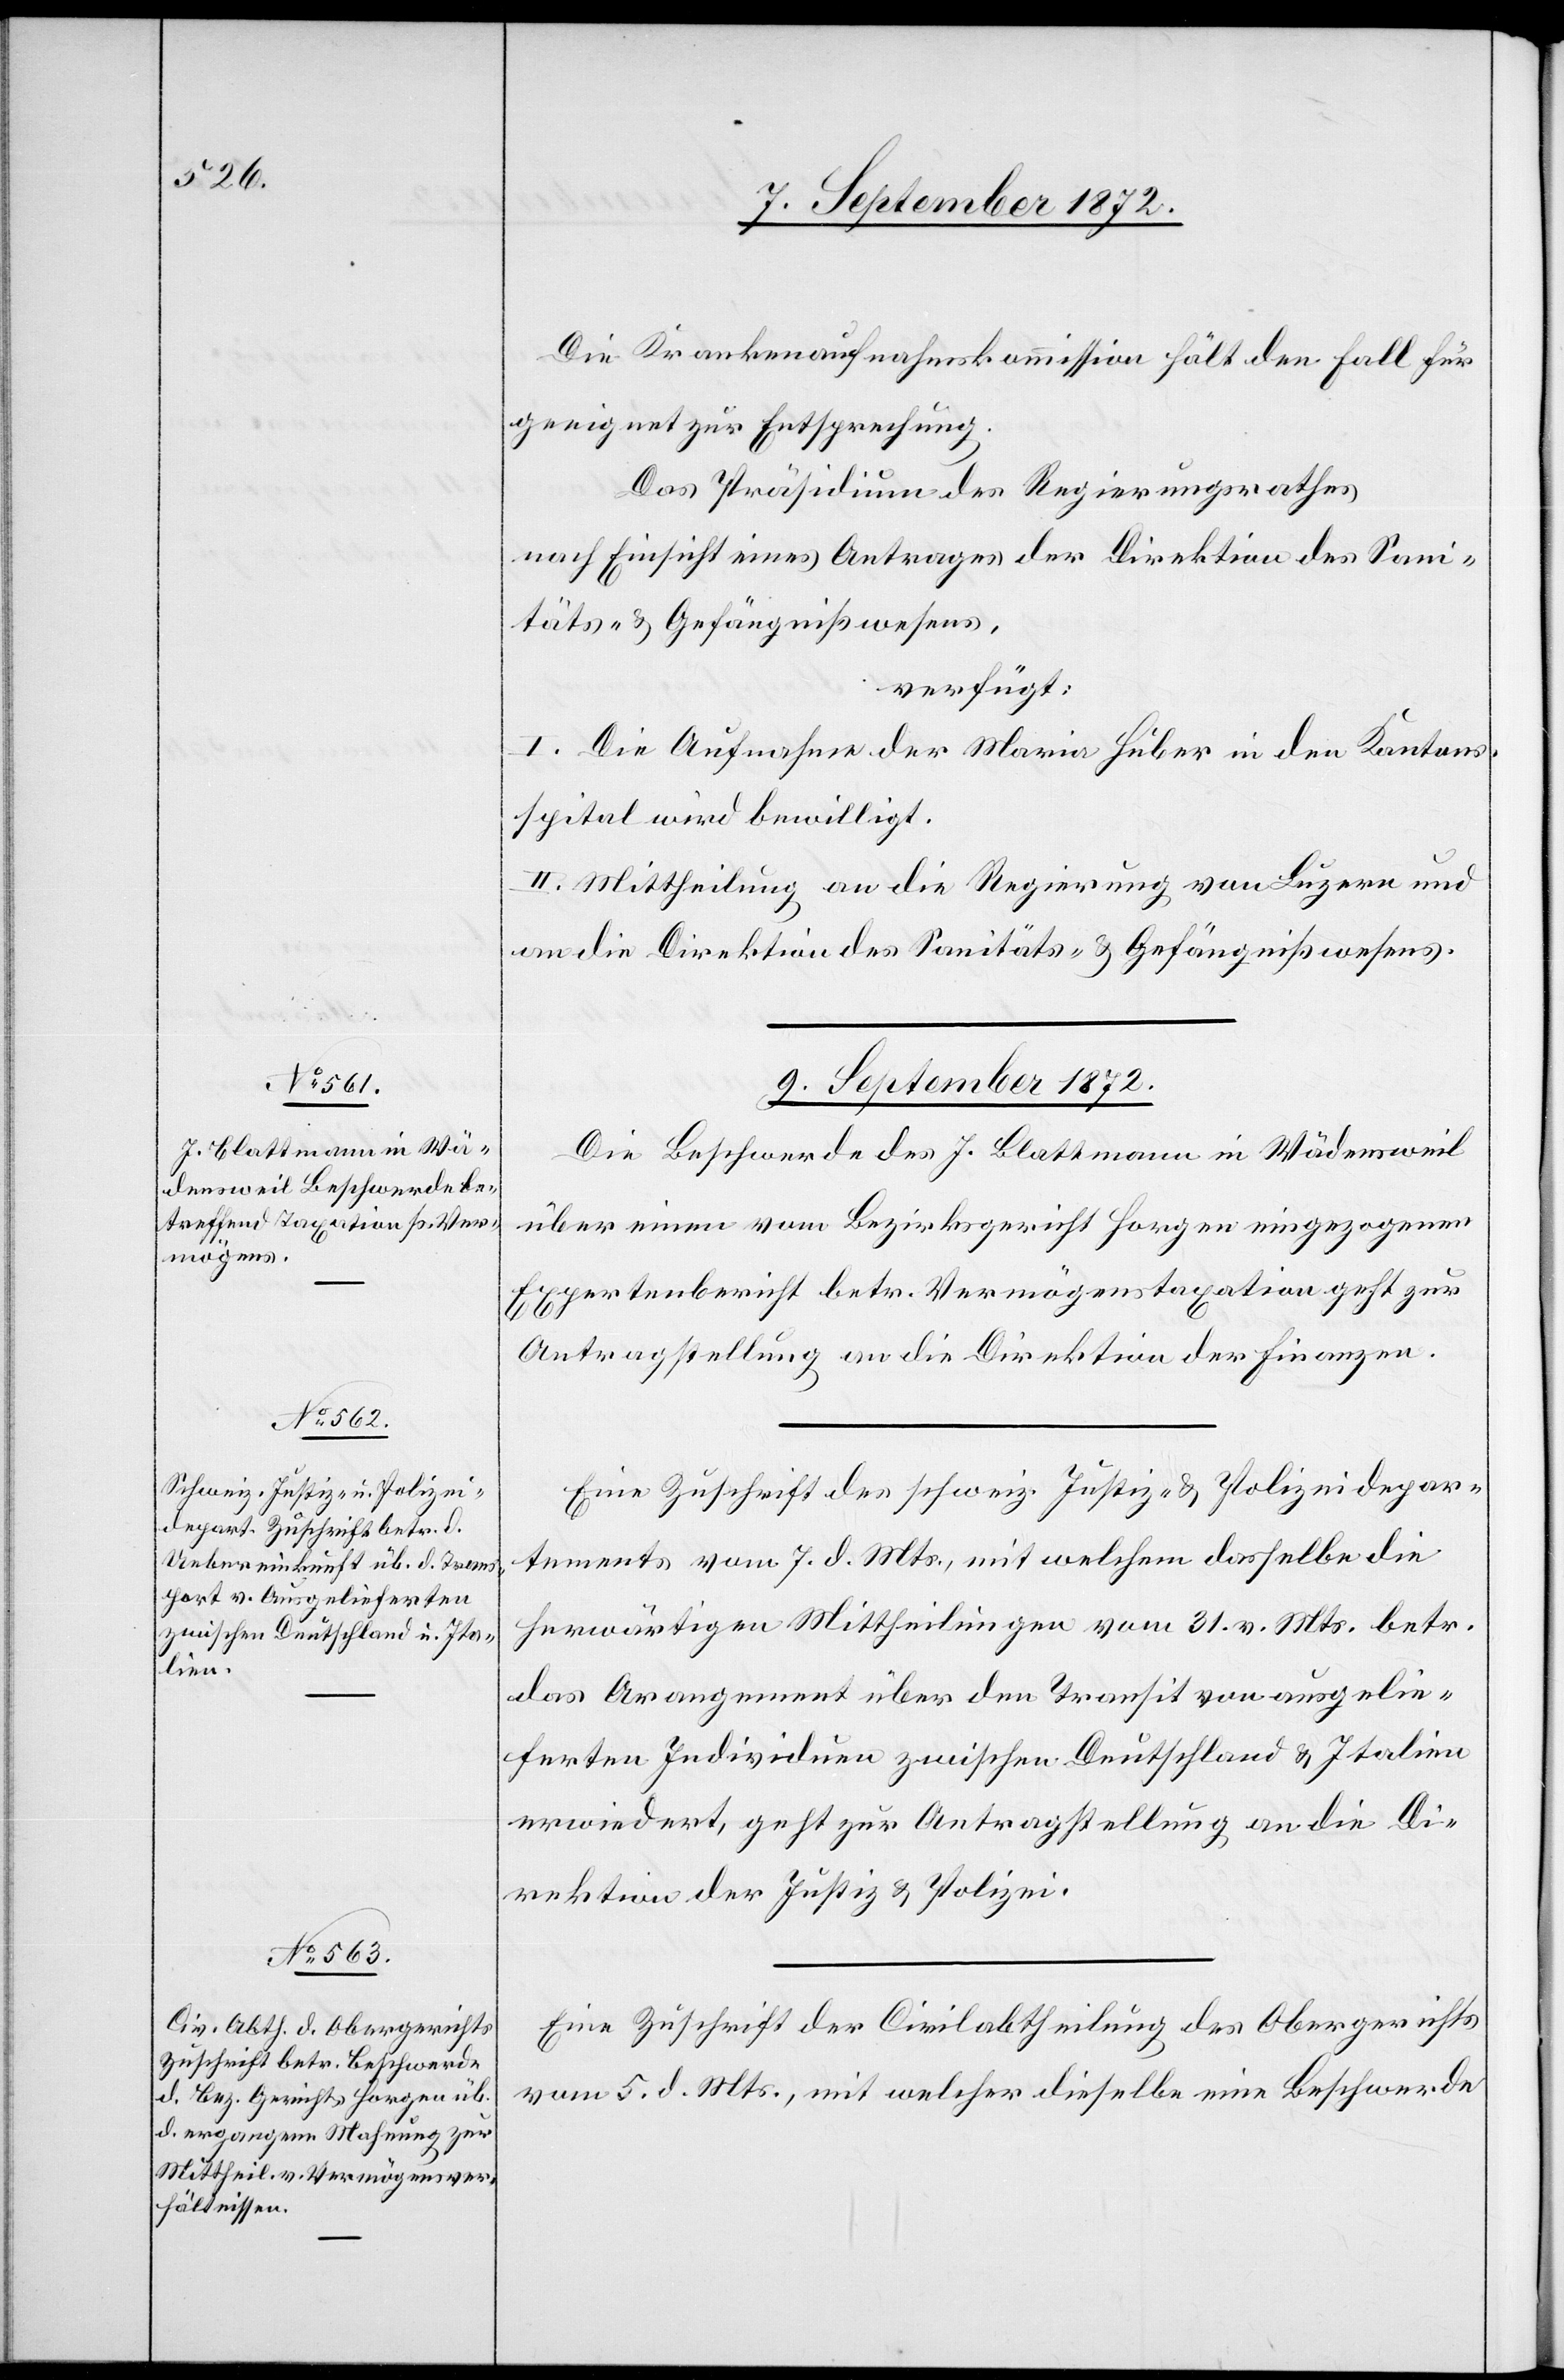
Die Krankenaufnahmskommission hält den Fall für
geeignet zur Entsprechung.
Das Präsidium des Regierungsrathes
nach Einsicht eines Antrages der Direktion des Sani¬
täts- u. Gefängnißwesens,
verfügt:
I. Die Aufnahme der Maria Huber in den Kantons¬
spital wird bewilligt.
II. Mittheilung an die Regierung von Luzern und
an die Direktion des Sanitäts- u. Gefängnißwesens.
9. September 1872.]
Die Beschwerde des J. Blattmann in Wädensweil
über einen vom Bezirksgericht Horgen eingezogenen
Expertenbericht betr. Vermögenstaxation geht zur
Antragstellung an die Direktion der Finanzen.
Eine Zuschrift des schweiz. Justiz- u. Polizeidepar¬
tements vom 7. d. Mts., mit welchem dasselbe die
herwärtigen Mittheilung vom 31. v. Mts. betr.
das Arangement über den Transit von ausgelie¬
ferten Individuen zwischen Deutschland u. Italien
erwiedert, geht zur Antragstellung an die Di¬
rektion der Justiz u. Polizei.
Eine Zuschrift der Civilabtheilung des Obergerichts
vom 5. d. Mts., mit welcher dieselbe eine Beschwerde